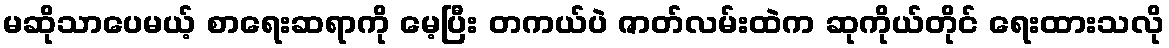
မဆိုသာပေမယ့် စာရေးဆရာကို မေ့ပြီး တကယ်ပဲ ဇာတ်လမ်းထဲက ဆုကိုယ်တိုင် ရေးထားသလို